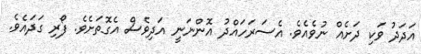
އަދަދު ވަކި ދަށެއް ނުވެއެވެ. އެސަރަހައްދު އޮންނަނީ އަދިވެސް އެގޮތަށެވެ. ފޯރި ގަދައެވެ.